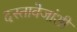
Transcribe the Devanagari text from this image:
दस्तावेजांशी